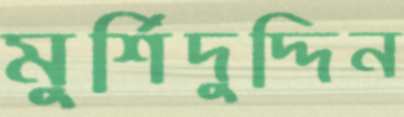
মুর্শিদুদ্দিন